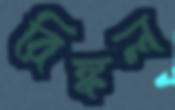
রিঙ্কল